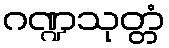
ဂဏ္ဍသုတ္တံ